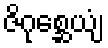
ဇိဂုစ္ဆေယျံ